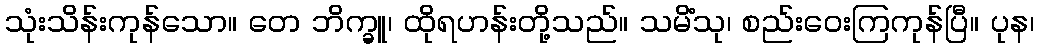
သုံးသိန်းကုန်သော။ တေ ဘိက္ခူ၊ ထိုရဟန်းတို့သည်။ သမိံသု၊ စည်းဝေးကြကုန်ပြီ။ ပုန၊